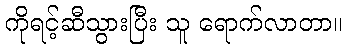
ကိုရင့်ဆီသွားပြီး သူ ရောက်လာတာ။